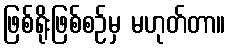
ဖြစ်ရိုးဖြစ်စဉ်မှ မဟုတ်တာ။